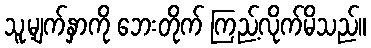
သူ့မျက်နှာကို ဘေးတိုက် ကြည့်လိုက်မိသည်။